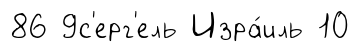
86 9с'ерг'ель Изра́иль 10